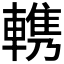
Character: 𰹠